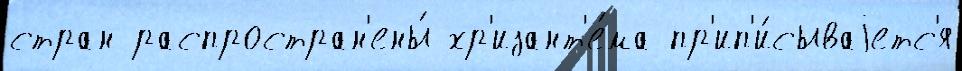
стран распростран'ены́ хр'изант'е́ма пр'ип'и́сываjетс'я